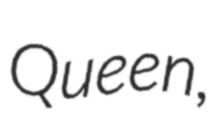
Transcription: Queen,